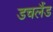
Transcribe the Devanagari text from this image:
डचलैंड